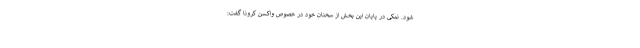
شود. نمکی در پایان این بخش از سخنان خود در خصوص واکسن کرونا گفت: